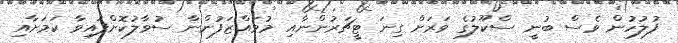
ފުލުހުން ވެސް ބުނީ ސްކޫލުގެ ވަރަށް ގިނަ ޓީޗަރުންނާއި މުވައްޒަފުންނާ ސުވާލުކޮށްފައިވާ ކަމަށާއި